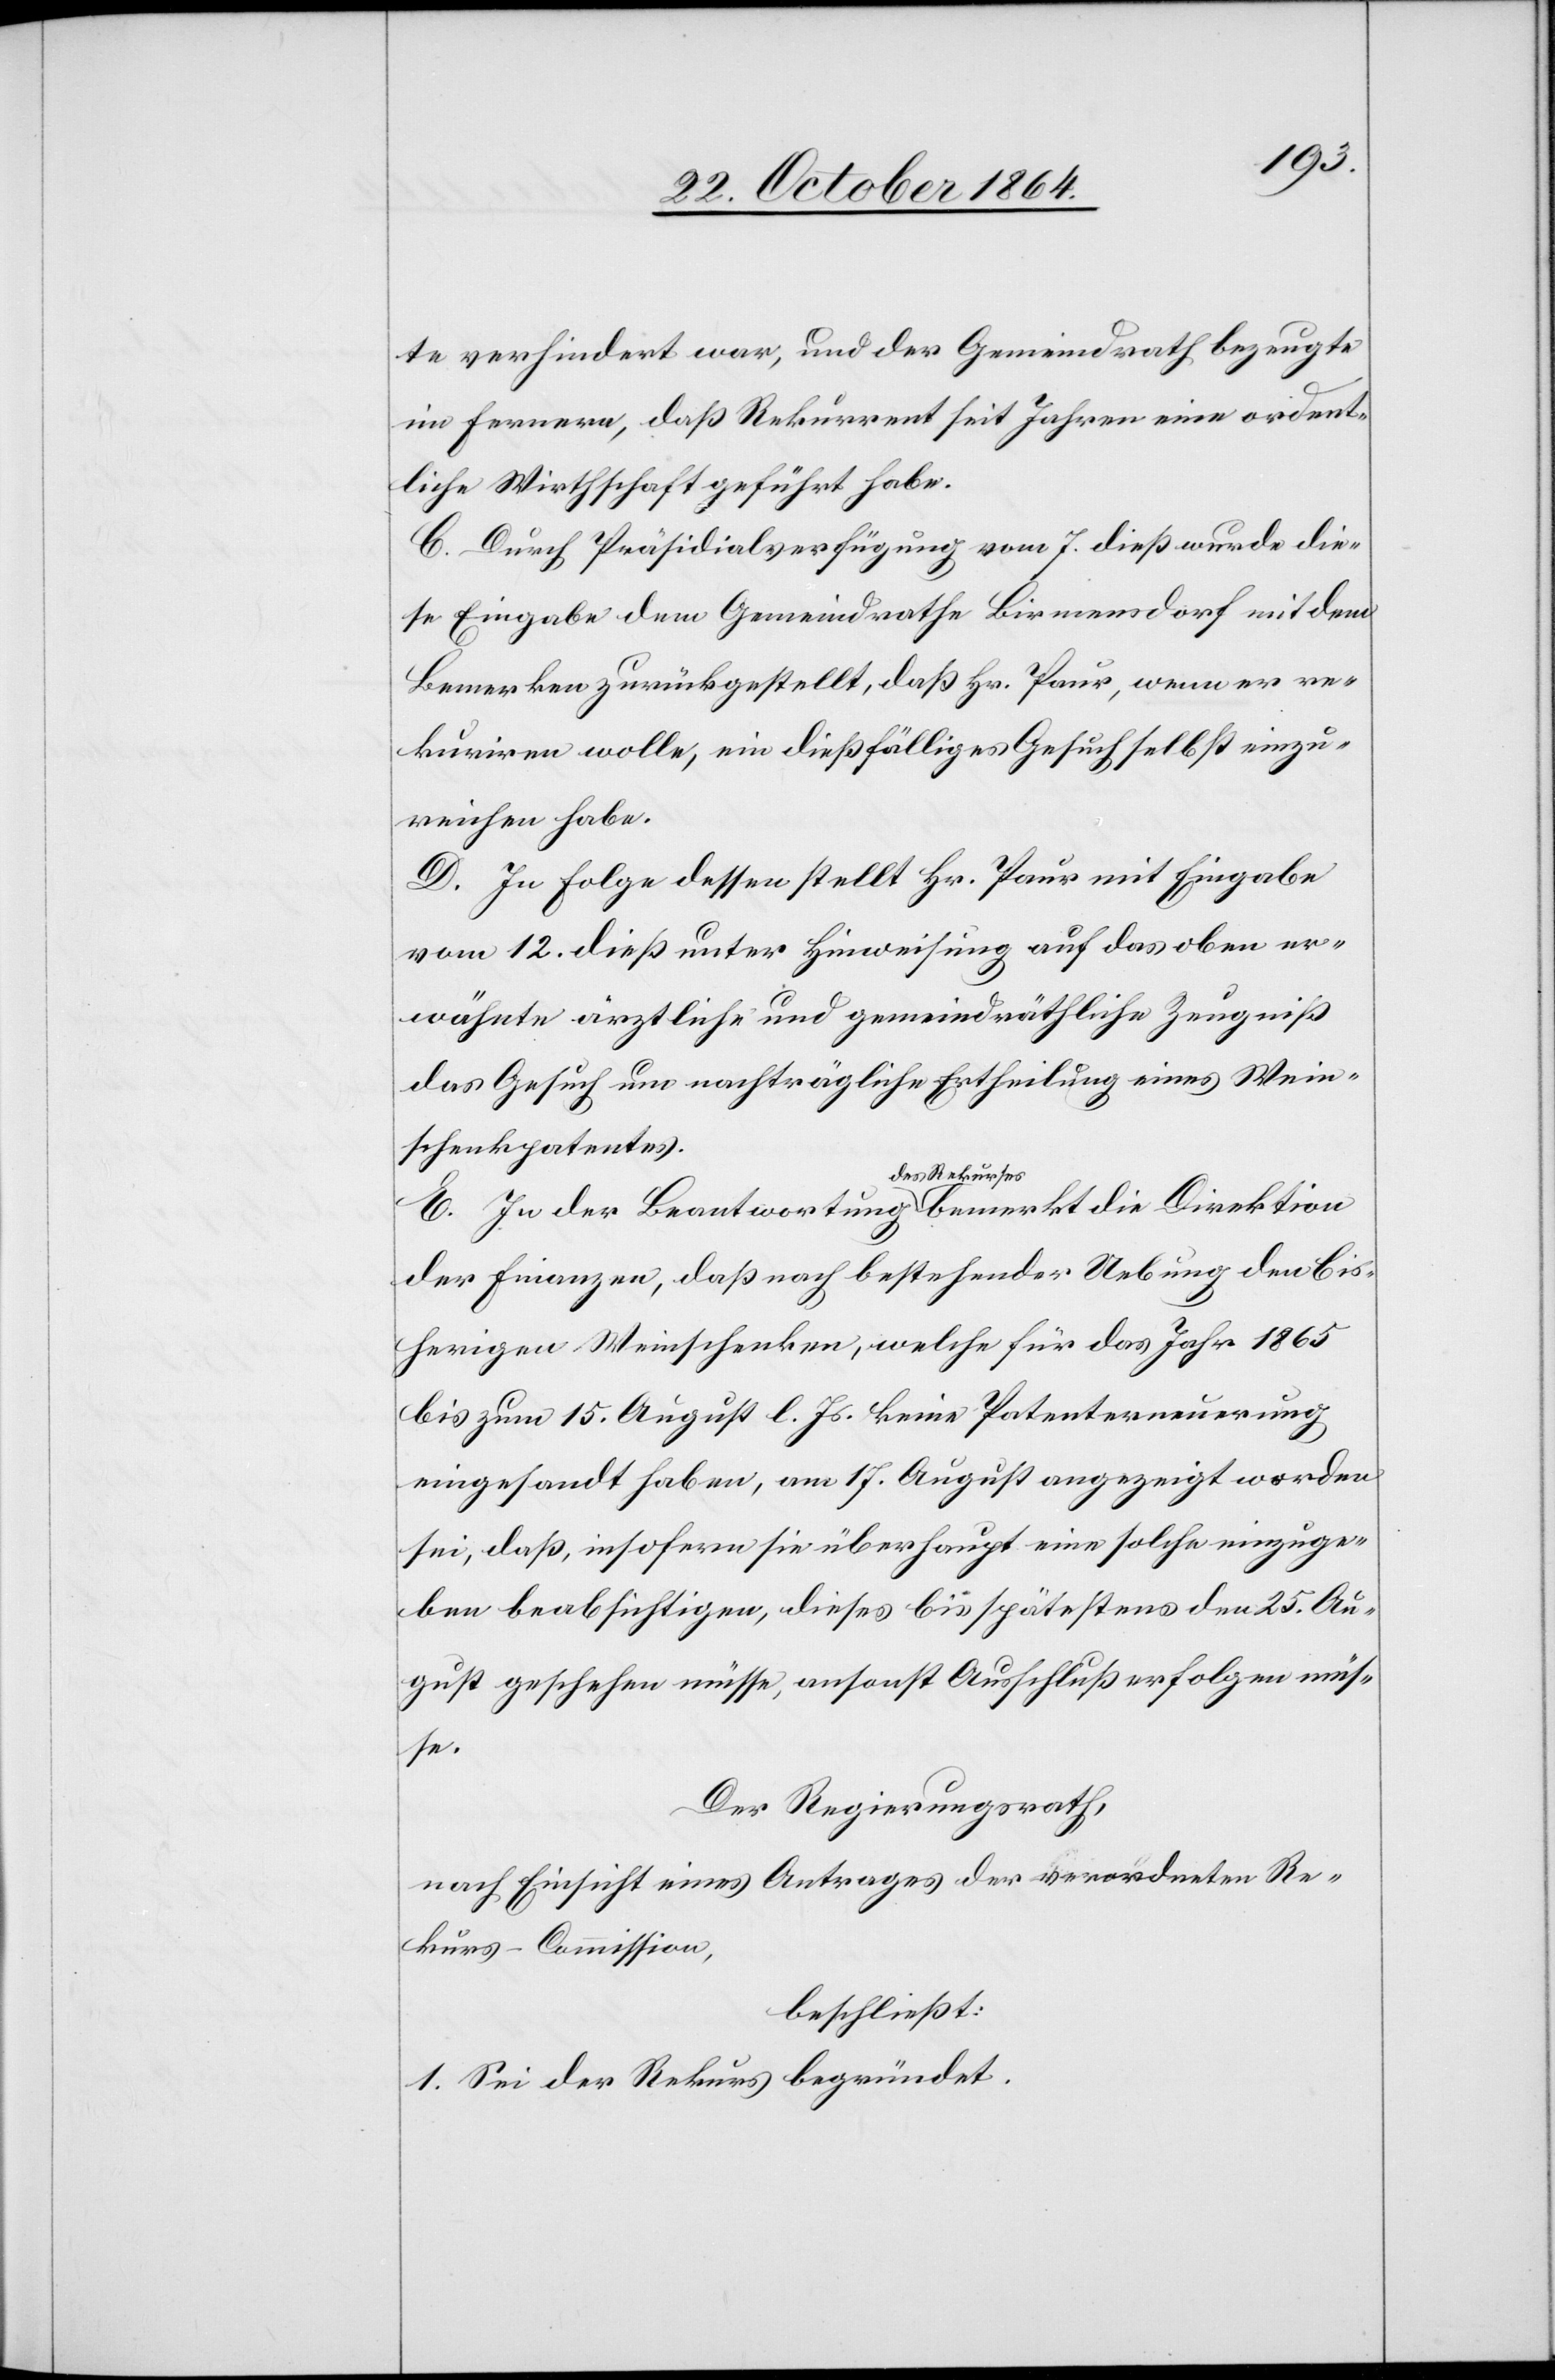
te verhindert war, und der Gemeindrath bezeugte
im Fernern, daß Rekurrent seit Jahren eine ordent¬
liche Wirthschaft geführt habe.
C. Durch Präsidialverfügung vom 7. dieß wurde die¬
se Eingabe dem Gemeindrathe Birmensdorf mit dem
Bemerken zurückgestellt, daß Hr. Paur, wenn er re¬
kuriren wolle, ein dießfälliges Gesuch selbst einzu¬
reichen habe.
D. In Folge dessen stellt Hr. Paur mit Eingabe
vom 12. dieß unter Hinweisung auf das oben er¬
wähnte ärztliche und gemeindräthliche Zeugniß
das Gesuch um nachträgliche Ertheilung eines Wein¬
schenkpatentes.
E. In der Beantwortung a-des Rekurses-a bemerkt die Direktion
der Finanzen, daß nach bestehender Uebung den bis¬
herigen Weinschenken, welche für das Jahr 1865
bis zum 15. August l. Js. keine Patenterneuerung
eingesandt haben, am 17. August angezeigt worden
sei, daß, insofern sie überhaupt eine solche einzuge¬
ben beabsichtigen, dieses bis spätestens den 25. Au¬
gust geschehen müsse, ansonst Ausschluß erfolgen müs¬
se.
Der Regierungsrath,
nach Einsicht eines Antrages der verordneten Re¬
kurs-Commission,
beschließt:
1. Sei der Rekurs begründet.